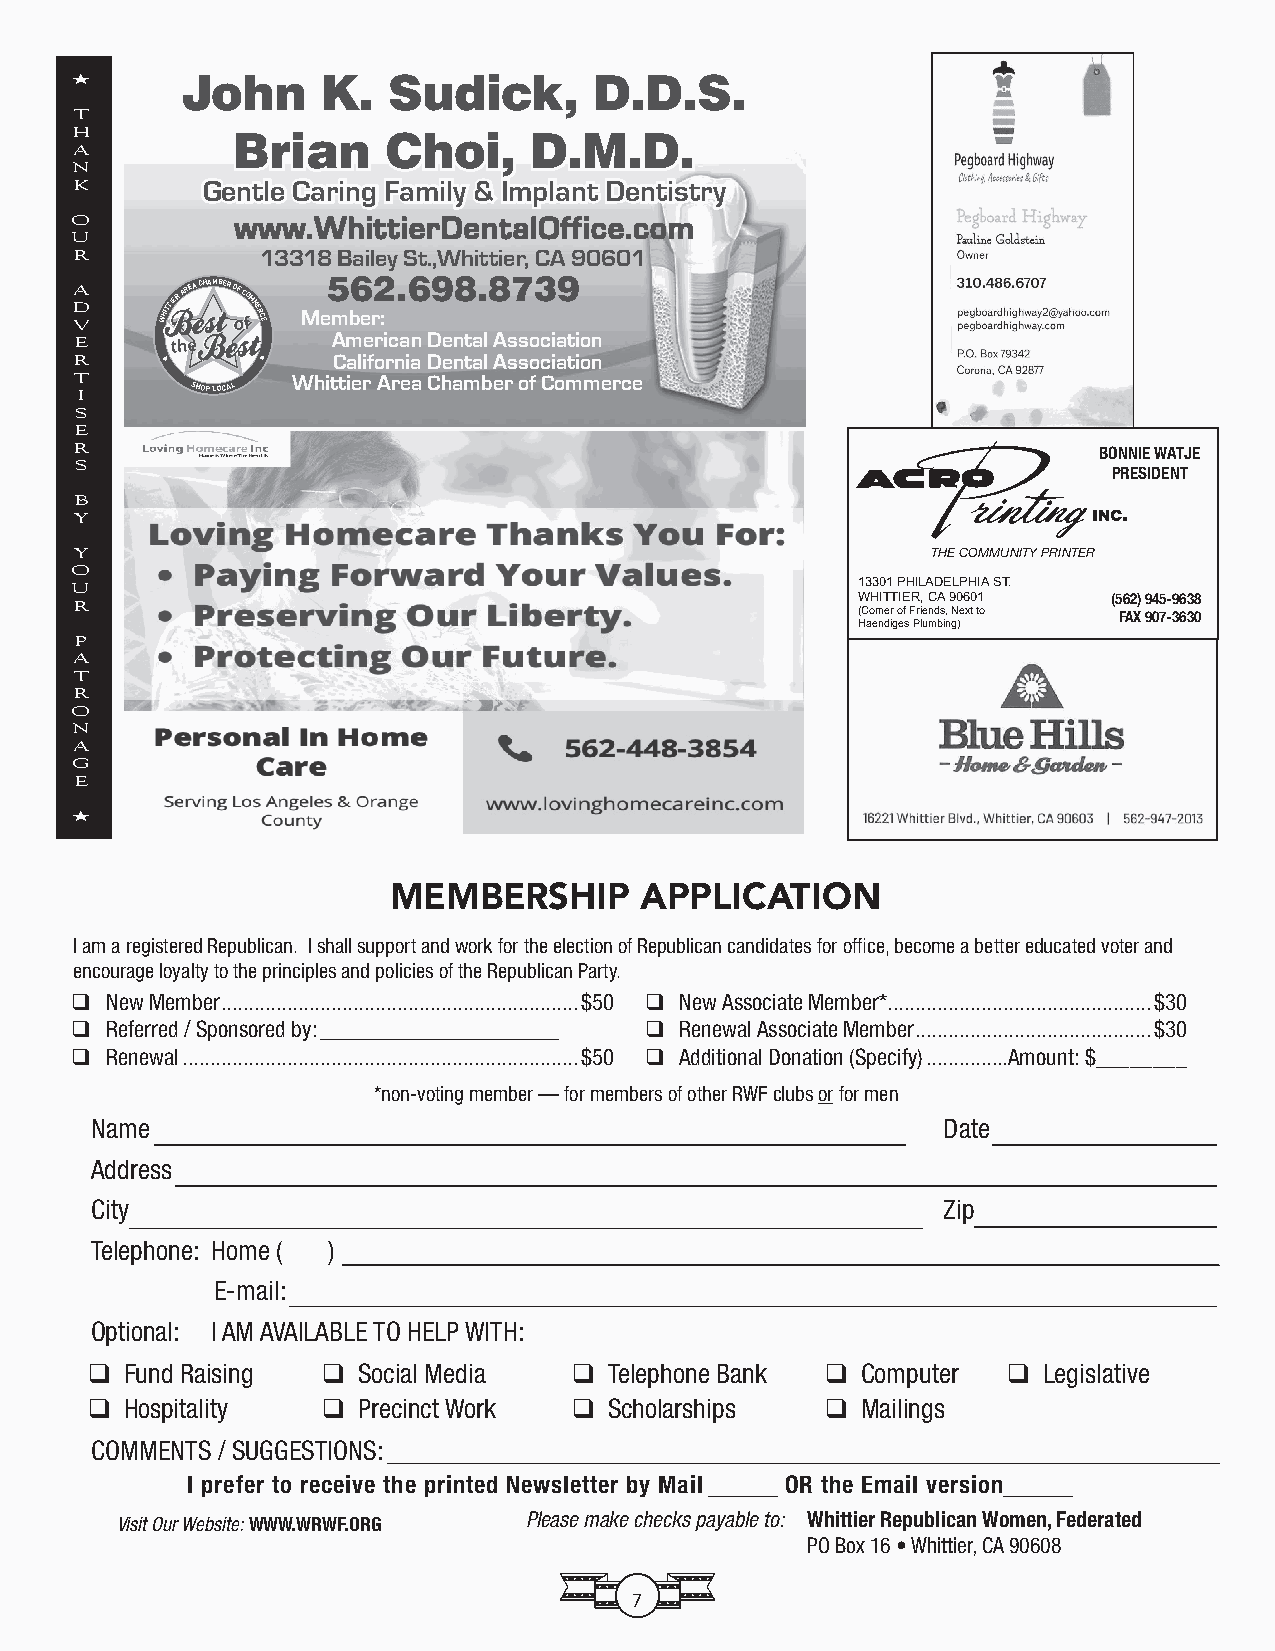
★      JJoohhnn KK.. SSuuddiicckk,, DD..DD..SS..
 T
 H         BBrriiaann CChhooii,, DD..MM..DD..
 A
 N
 K       GGeennttllee CCaarriinngg FFaammiillyy && IImmppllaanntt DDeennttiissttrryy
 O          wwwwww..WWhhiittttiieerrDDeennttaallOOffffiiccee..ccoomm
 U
 R           13318 Bailey St.,Whittier, CA 90601
 D
 VA   WHITTIER AREA CHAMBER OF COMMERCE Me5 mb6 er2
 :
 .698.8739
 American Dental Association
 E
 R                California Dental Association
 T             Whittier Area Chamber of Commerce
 I
 SHOP LOCAL
 S
 E
 R                                                                   BONNIE WATJE
 S                                                                    PRESIDENT
 B
 Y
 Y                                                        THE COMMUNITY PRINTER
 O
 13301 PHILADELPHIA ST.
 U
 WHITTIER, CA 90601 (562) 945-9638
 R                                                   (Corner of Friends, Next to FAX 907-3630
 Haendiges Plumbing)
 P
 A
 T
 R
 O
 N
 A
 G
 E
 ★
 MEMBERSHIP      APPLICATION
 I am a registered Republican. I shall support and work for the election of Republican candidates for offi ce, become a better educated voter and
 encourage loyalty to the principles and policies of the Republican Party.
 ❑ New Member .................................................................$50 ❑ New Associate Member* ................................................$30
 ❑ Referred / Sponsored by:______________________ ❑ Renewal Associate Member ...........................................$30
 ❑ Renewal ........................................................................$50 ❑ Additional Donation (Specify) ...............Amount: $________
 *non-voting member — for members of other RWF clubs or for men
 Name                                                    Date
 Address
 City                                                    Zip
 Telephone: Home ( )
 E-mail:
 Optional: I AM AVAILABLE TO HELP WITH:
 ❑ Fund Raising ❑  Social Media  ❑ Telephone Bank ❑ Computer  ❑ Legislative
 ❑ Hospitality  ❑  Precinct Work ❑ Scholarships   ❑ Mailings
 COMMENTS / SUGGESTIONS:
 I prefer to receive the printed Newsletter by Mail OR the Email version
 Visit Our Website: WWW.WRWF.ORG Please make checks payable to: Whittier Republican Women, Federated
 PO Box 16 • Whittier, CA 90608
 7